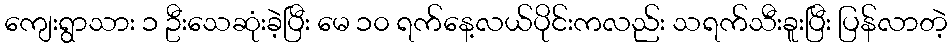
ကျေးရွာသား ၁ ဦးသေဆုံးခဲ့ပြီး မေ ၁၀ ရက်နေ့လယ်ပိုင်းကလည်း သရက်သီးခူးပြီး ပြန်လာတဲ့